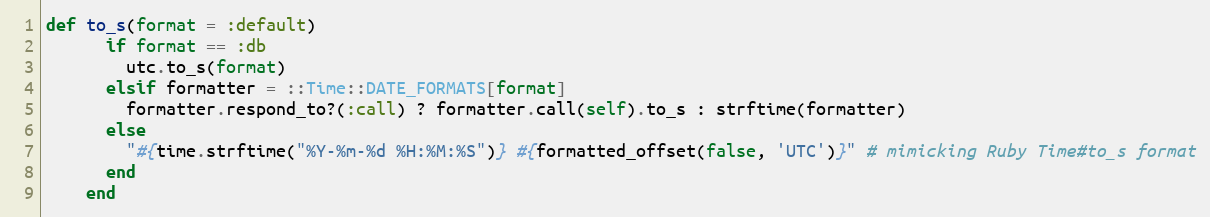
Language: Ruby
def to_s(format = :default)
      if format == :db
        utc.to_s(format)
      elsif formatter = ::Time::DATE_FORMATS[format]
        formatter.respond_to?(:call) ? formatter.call(self).to_s : strftime(formatter)
      else
        "#{time.strftime("%Y-%m-%d %H:%M:%S")} #{formatted_offset(false, 'UTC')}" # mimicking Ruby Time#to_s format
      end
    end